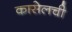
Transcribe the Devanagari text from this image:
कासेलची